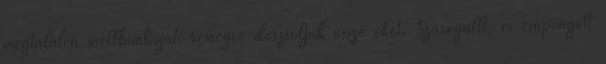
megtalálva mellbimbóját, remegve dörzsöljük össze őket. Szárnyallt, és csapongott